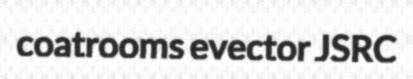
coatrooms evector JSRC